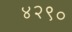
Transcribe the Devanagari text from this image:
४२९०